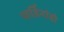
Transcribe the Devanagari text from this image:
फर्डिनांडो